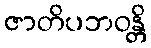
ဇာတိပဘဝန္တိ